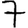
Digit: 7